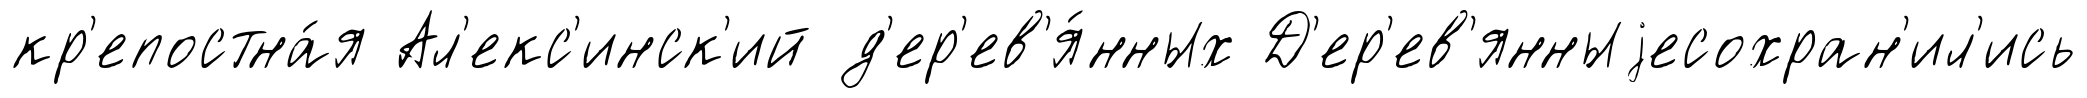
кр'епостна́я Ал'екс'инск'ий д'ер'ев'я́нных Д'ер'ев'янныjесохран'ил'ись